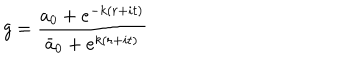
g = { \frac { a _ { 0 } + e ^ { - k ( r + i t ) } } { \bar { a } _ { 0 } + e ^ { k ( r + i t ) } } }